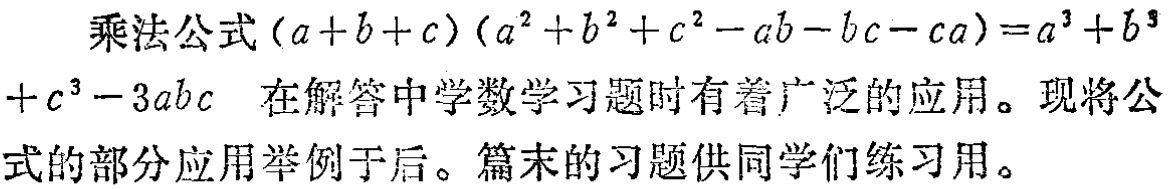
乘法公式\((a + b + c)(a^{2}+b^{2}+c^{2}-ab - bc - ca)=a^{3}+b^{3}+c^{3}-3abc\)在解答中学数学习题时有着广泛的应用。现将公式的部分应用举例于后。篇末的习题供同学们练习用。